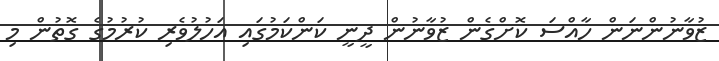
ޒުވާނުންނަން ހާއްސަ ކޮށްގެން ޒުވާނުން ދީނީ ކަންކަމުގައި އަހުލުވެރި ކުރުމުގެ ގޮތުން މި